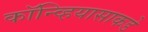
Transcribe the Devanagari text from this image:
कॉन्व्हियासाकडे